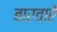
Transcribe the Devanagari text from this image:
बारवारे